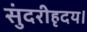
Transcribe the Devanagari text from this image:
सुंदरीहृदय।